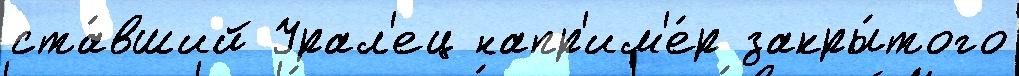
ста́вший Урал'ец напр'им'е́р закры́того